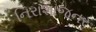
નિરાશાજનર